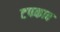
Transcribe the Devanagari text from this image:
टपकाव